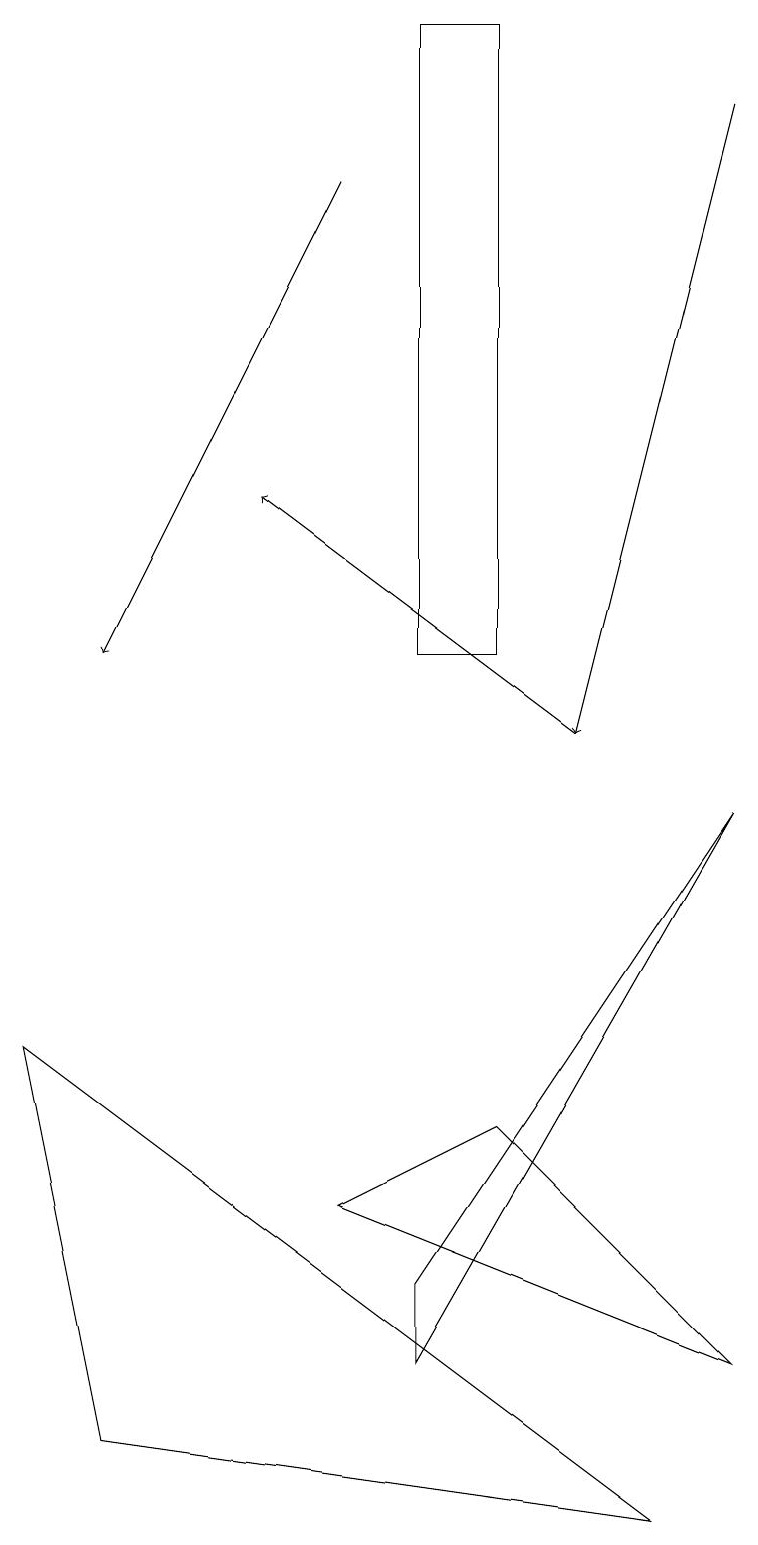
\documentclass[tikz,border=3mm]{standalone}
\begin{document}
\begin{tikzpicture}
\draw (5,19) rectangle (6,11);
\draw (9,9) -- (5,2) -- (5,3) -- cycle;
\draw[->] (9,18) -- (7,10);
\draw (1,1) -- (0,6) -- (8,0) -- cycle;
\draw[->] (4,17) -- (1,11);
\draw (4,4) -- (9,2) -- (6,5) -- cycle;
\draw[->] (7,10) -- (3,13);
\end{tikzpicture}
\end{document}